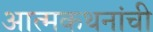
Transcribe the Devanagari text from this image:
आत्मकथनांची